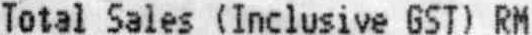
TOTAL SALES (INCLUSIVE GST) RM